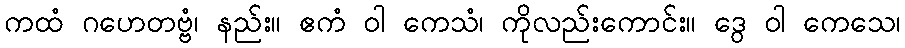
ကထံ ဂဟေတဗ္ဗံ၊ နည်း။ ဧကံ ဝါ ကေသံ၊ ကိုလည်းကောင်း။ ဒွေ ဝါ ကေသေ၊